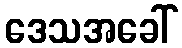
ဒေသအခေါ်